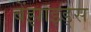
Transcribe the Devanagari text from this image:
बेंझाइड्स